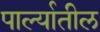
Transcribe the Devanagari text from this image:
पार्ल्यातील